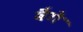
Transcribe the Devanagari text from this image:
बैगे